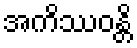
အကိဿဝန္တိ